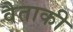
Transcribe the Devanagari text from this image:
वैताकी